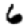
Digit: 6